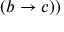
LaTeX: ( b \rightarrow c ) )